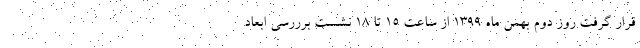
قرار گرفت روز دوم بهمن ماه 1399 از ساعت 15 تا 18 نشست برررسی ابعاد